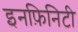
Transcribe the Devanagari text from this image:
इनफ़िनिटी